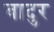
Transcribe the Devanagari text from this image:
बादुर